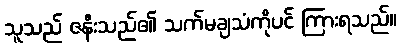
သူသည် ဇနီးသည်၏ သက်မချသံကိုပင် ကြားရသည်။